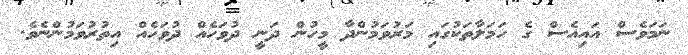
ނަމަވެސް އައިއެސް ގެ ހަމަލާތަކުގައި މަރުވަމުންދާ މީހުން ދަނީ ދުވަހެއް ދުވަހެއް އިތުރުވަމުންނެވެ.